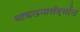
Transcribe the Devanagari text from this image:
आकलनासंदर्भात